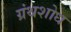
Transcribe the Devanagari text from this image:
ग्रंथशोध